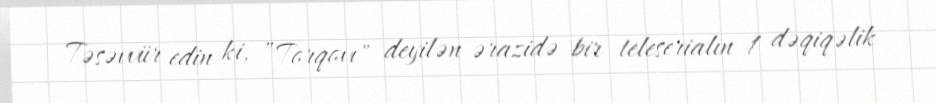
Təsəvvür edin ki, ”Torqovı" deyilən ərazidə bir teleserialın 1 dəqiqəlik